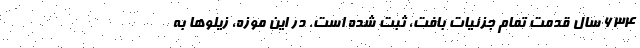
۶۳۴ سال قدمت تمام جزئیات بافت، ثبت شده است. در این موزه، زیلوها به